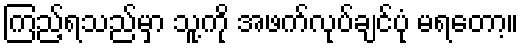
ကြည့်ရသည်မှာ သူ့ကို အဖက်လုပ်ချင်ပုံ မရတော့။